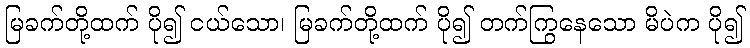
မြခက်တို့ထက် ပို၍ ငယ်သော၊ မြခက်တို့ထက် ပို၍ တက်ကြွနေသော မိပဲက ပို၍